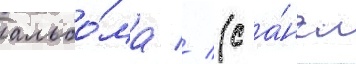
альбо́ма // (с а́нгл